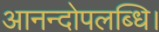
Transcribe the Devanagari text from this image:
आनन्दोपलब्धि।